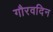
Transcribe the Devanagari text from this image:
गौरवदिन